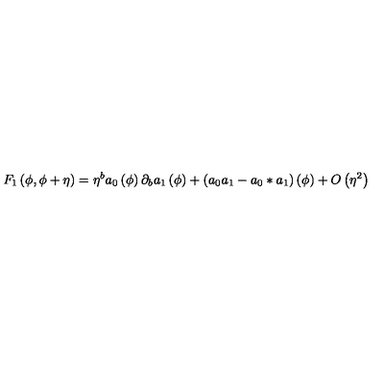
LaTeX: F _ { 1 } \left( \phi , \phi + \eta \right) = \eta ^ { b } a _ { 0 } \left( \phi \right) \partial _ { b } a _ { 1 } \left( \phi \right) + \left( a _ { 0 } a _ { 1 } - a _ { 0 } \ast a _ { 1 } \right) \left( \phi \right) + O \left( \eta ^ { 2 } \right)